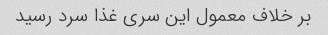
بر خلاف معمول این سری غذا سرد رسید